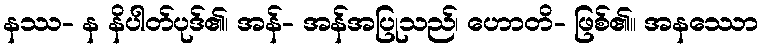
နဿ- န နိပါတ်ပုဒ်၏၊ အန်- အန်အပြုသည်၊ ဟောတိ- ဖြစ်၏။ အနဿော